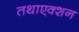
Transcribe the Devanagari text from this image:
तथाएक्शन